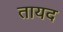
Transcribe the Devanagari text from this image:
तायद